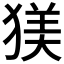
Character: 𪻄